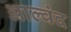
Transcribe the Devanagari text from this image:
आल्वंद